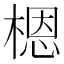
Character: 𬃼